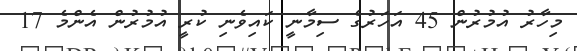
މިހާރު އުމުރުން 45 އަހަރުގެ ސިމާނީ ކައިވެނި ކުރީ އުމުރުން އެންމެ 17